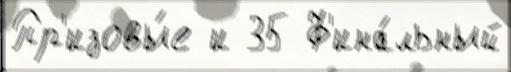
Пр'изовы́е и 35 Ф'ина́льный